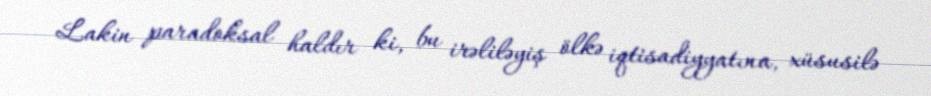
Lakin paradoksal haldır ki, bu irəliləyiş ölkə iqtisadiyyatına, xüsusilə